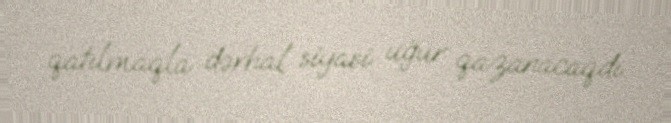
qatılmaqla dərhal siyasi uğur qazanacaqdı.